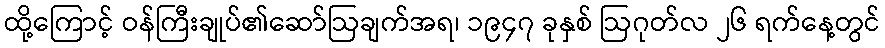
ထို့ကြောင့် ဝန်ကြီးချုပ်၏ဆော်ဩချက်အရ၊ ၁၉၄၇ ခုနှစ် ဩဂုတ်လ ၂၆ ရက်နေ့တွင်